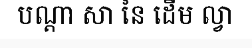
បណ្តា សា នៃ ដើម ល្វា